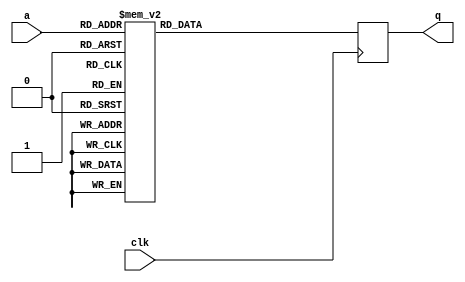
module tboxd1(input wire clk,
              input wire [7:0] a,
              output reg [31:0] q);

   always @(posedge clk)
     case (a)
	8'd0: q = 32'h5051f4a7;
	8'd1: q = 32'h537e4165;
	8'd2: q = 32'hc31a17a4;
	8'd3: q = 32'h963a275e;
	8'd4: q = 32'hcb3bab6b;
	8'd5: q = 32'hf11f9d45;
	8'd6: q = 32'habacfa58;
	8'd7: q = 32'h934be303;
	8'd8: q = 32'h552030fa;
	8'd9: q = 32'hf6ad766d;
	8'd10: q = 32'h9188cc76;
	8'd11: q = 32'h25f5024c;
	8'd12: q = 32'hfc4fe5d7;
	8'd13: q = 32'hd7c52acb;
	8'd14: q = 32'h80263544;
	8'd15: q = 32'h8fb562a3;
	8'd16: q = 32'h49deb15a;
	8'd17: q = 32'h6725ba1b;
	8'd18: q = 32'h9845ea0e;
	8'd19: q = 32'he15dfec0;
	8'd20: q = 32'h2c32f75;
	8'd21: q = 32'h12814cf0;
	8'd22: q = 32'ha38d4697;
	8'd23: q = 32'hc66bd3f9;
	8'd24: q = 32'he7038f5f;
	8'd25: q = 32'h9515929c;
	8'd26: q = 32'hebbf6d7a;
	8'd27: q = 32'hda955259;
	8'd28: q = 32'h2dd4be83;
	8'd29: q = 32'hd3587421;
	8'd30: q = 32'h2949e069;
	8'd31: q = 32'h448ec9c8;
	8'd32: q = 32'h6a75c289;
	8'd33: q = 32'h78f48e79;
	8'd34: q = 32'h6b99583e;
	8'd35: q = 32'hdd27b971;
	8'd36: q = 32'hb6bee14f;
	8'd37: q = 32'h17f088ad;
	8'd38: q = 32'h66c920ac;
	8'd39: q = 32'hb47dce3a;
	8'd40: q = 32'h1863df4a;
	8'd41: q = 32'h82e51a31;
	8'd42: q = 32'h60975133;
	8'd43: q = 32'h4562537f;
	8'd44: q = 32'he0b16477;
	8'd45: q = 32'h84bb6bae;
	8'd46: q = 32'h1cfe81a0;
	8'd47: q = 32'h94f9082b;
	8'd48: q = 32'h58704868;
	8'd49: q = 32'h198f45fd;
	8'd50: q = 32'h8794de6c;
	8'd51: q = 32'hb7527bf8;
	8'd52: q = 32'h23ab73d3;
	8'd53: q = 32'he2724b02;
	8'd54: q = 32'h57e31f8f;
	8'd55: q = 32'h2a6655ab;
	8'd56: q = 32'h7b2eb28;
	8'd57: q = 32'h32fb5c2;
	8'd58: q = 32'h9a86c57b;
	8'd59: q = 32'ha5d33708;
	8'd60: q = 32'hf2302887;
	8'd61: q = 32'hb223bfa5;
	8'd62: q = 32'hba02036a;
	8'd63: q = 32'h5ced1682;
	8'd64: q = 32'h2b8acf1c;
	8'd65: q = 32'h92a779b4;
	8'd66: q = 32'hf0f307f2;
	8'd67: q = 32'ha14e69e2;
	8'd68: q = 32'hcd65daf4;
	8'd69: q = 32'hd50605be;
	8'd70: q = 32'h1fd13462;
	8'd71: q = 32'h8ac4a6fe;
	8'd72: q = 32'h9d342e53;
	8'd73: q = 32'ha0a2f355;
	8'd74: q = 32'h32058ae1;
	8'd75: q = 32'h75a4f6eb;
	8'd76: q = 32'h390b83ec;
	8'd77: q = 32'haa4060ef;
	8'd78: q = 32'h65e719f;
	8'd79: q = 32'h51bd6e10;
	8'd80: q = 32'hf93e218a;
	8'd81: q = 32'h3d96dd06;
	8'd82: q = 32'haedd3e05;
	8'd83: q = 32'h464de6bd;
	8'd84: q = 32'hb591548d;
	8'd85: q = 32'h571c45d;
	8'd86: q = 32'h6f0406d4;
	8'd87: q = 32'hff605015;
	8'd88: q = 32'h241998fb;
	8'd89: q = 32'h97d6bde9;
	8'd90: q = 32'hcc894043;
	8'd91: q = 32'h7767d99e;
	8'd92: q = 32'hbdb0e842;
	8'd93: q = 32'h8807898b;
	8'd94: q = 32'h38e7195b;
	8'd95: q = 32'hdb79c8ee;
	8'd96: q = 32'h47a17c0a;
	8'd97: q = 32'he97c420f;
	8'd98: q = 32'hc9f8841e;
	8'd99: q = 32'h0;
	8'd100: q = 32'h83098086;
	8'd101: q = 32'h48322bed;
	8'd102: q = 32'hac1e1170;
	8'd103: q = 32'h4e6c5a72;
	8'd104: q = 32'hfbfd0eff;
	8'd105: q = 32'h560f8538;
	8'd106: q = 32'h1e3daed5;
	8'd107: q = 32'h27362d39;
	8'd108: q = 32'h640a0fd9;
	8'd109: q = 32'h21685ca6;
	8'd110: q = 32'hd19b5b54;
	8'd111: q = 32'h3a24362e;
	8'd112: q = 32'hb10c0a67;
	8'd113: q = 32'hf9357e7;
	8'd114: q = 32'hd2b4ee96;
	8'd115: q = 32'h9e1b9b91;
	8'd116: q = 32'h4f80c0c5;
	8'd117: q = 32'ha261dc20;
	8'd118: q = 32'h695a774b;
	8'd119: q = 32'h161c121a;
	8'd120: q = 32'hae293ba;
	8'd121: q = 32'he5c0a02a;
	8'd122: q = 32'h433c22e0;
	8'd123: q = 32'h1d121b17;
	8'd124: q = 32'hb0e090d;
	8'd125: q = 32'hadf28bc7;
	8'd126: q = 32'hb92db6a8;
	8'd127: q = 32'hc8141ea9;
	8'd128: q = 32'h8557f119;
	8'd129: q = 32'h4caf7507;
	8'd130: q = 32'hbbee99dd;
	8'd131: q = 32'hfda37f60;
	8'd132: q = 32'h9ff70126;
	8'd133: q = 32'hbc5c72f5;
	8'd134: q = 32'hc544663b;
	8'd135: q = 32'h345bfb7e;
	8'd136: q = 32'h768b4329;
	8'd137: q = 32'hdccb23c6;
	8'd138: q = 32'h68b6edfc;
	8'd139: q = 32'h63b8e4f1;
	8'd140: q = 32'hcad731dc;
	8'd141: q = 32'h10426385;
	8'd142: q = 32'h40139722;
	8'd143: q = 32'h2084c611;
	8'd144: q = 32'h7d854a24;
	8'd145: q = 32'hf8d2bb3d;
	8'd146: q = 32'h11aef932;
	8'd147: q = 32'h6dc729a1;
	8'd148: q = 32'h4b1d9e2f;
	8'd149: q = 32'hf3dcb230;
	8'd150: q = 32'hec0d8652;
	8'd151: q = 32'hd077c1e3;
	8'd152: q = 32'h6c2bb316;
	8'd153: q = 32'h99a970b9;
	8'd154: q = 32'hfa119448;
	8'd155: q = 32'h2247e964;
	8'd156: q = 32'hc4a8fc8c;
	8'd157: q = 32'h1aa0f03f;
	8'd158: q = 32'hd8567d2c;
	8'd159: q = 32'hef223390;
	8'd160: q = 32'hc787494e;
	8'd161: q = 32'hc1d938d1;
	8'd162: q = 32'hfe8ccaa2;
	8'd163: q = 32'h3698d40b;
	8'd164: q = 32'hcfa6f581;
	8'd165: q = 32'h28a57ade;
	8'd166: q = 32'h26dab78e;
	8'd167: q = 32'ha43fadbf;
	8'd168: q = 32'he42c3a9d;
	8'd169: q = 32'hd507892;
	8'd170: q = 32'h9b6a5fcc;
	8'd171: q = 32'h62547e46;
	8'd172: q = 32'hc2f68d13;
	8'd173: q = 32'he890d8b8;
	8'd174: q = 32'h5e2e39f7;
	8'd175: q = 32'hf582c3af;
	8'd176: q = 32'hbe9f5d80;
	8'd177: q = 32'h7c69d093;
	8'd178: q = 32'ha96fd52d;
	8'd179: q = 32'hb3cf2512;
	8'd180: q = 32'h3bc8ac99;
	8'd181: q = 32'ha710187d;
	8'd182: q = 32'h6ee89c63;
	8'd183: q = 32'h7bdb3bbb;
	8'd184: q = 32'h9cd2678;
	8'd185: q = 32'hf46e5918;
	8'd186: q = 32'h1ec9ab7;
	8'd187: q = 32'ha8834f9a;
	8'd188: q = 32'h65e6956e;
	8'd189: q = 32'h7eaaffe6;
	8'd190: q = 32'h821bccf;
	8'd191: q = 32'he6ef15e8;
	8'd192: q = 32'hd9bae79b;
	8'd193: q = 32'hce4a6f36;
	8'd194: q = 32'hd4ea9f09;
	8'd195: q = 32'hd629b07c;
	8'd196: q = 32'haf31a4b2;
	8'd197: q = 32'h312a3f23;
	8'd198: q = 32'h30c6a594;
	8'd199: q = 32'hc035a266;
	8'd200: q = 32'h37744ebc;
	8'd201: q = 32'ha6fc82ca;
	8'd202: q = 32'hb0e090d0;
	8'd203: q = 32'h1533a7d8;
	8'd204: q = 32'h4af10498;
	8'd205: q = 32'hf741ecda;
	8'd206: q = 32'he7fcd50;
	8'd207: q = 32'h2f1791f6;
	8'd208: q = 32'h8d764dd6;
	8'd209: q = 32'h4d43efb0;
	8'd210: q = 32'h54ccaa4d;
	8'd211: q = 32'hdfe49604;
	8'd212: q = 32'he39ed1b5;
	8'd213: q = 32'h1b4c6a88;
	8'd214: q = 32'hb8c12c1f;
	8'd215: q = 32'h7f466551;
	8'd216: q = 32'h49d5eea;
	8'd217: q = 32'h5d018c35;
	8'd218: q = 32'h73fa8774;
	8'd219: q = 32'h2efb0b41;
	8'd220: q = 32'h5ab3671d;
	8'd221: q = 32'h5292dbd2;
	8'd222: q = 32'h33e91056;
	8'd223: q = 32'h136dd647;
	8'd224: q = 32'h8c9ad761;
	8'd225: q = 32'h7a37a10c;
	8'd226: q = 32'h8e59f814;
	8'd227: q = 32'h89eb133c;
	8'd228: q = 32'heecea927;
	8'd229: q = 32'h35b761c9;
	8'd230: q = 32'hede11ce5;
	8'd231: q = 32'h3c7a47b1;
	8'd232: q = 32'h599cd2df;
	8'd233: q = 32'h3f55f273;
	8'd234: q = 32'h791814ce;
	8'd235: q = 32'hbf73c737;
	8'd236: q = 32'hea53f7cd;
	8'd237: q = 32'h5b5ffdaa;
	8'd238: q = 32'h14df3d6f;
	8'd239: q = 32'h867844db;
	8'd240: q = 32'h81caaff3;
	8'd241: q = 32'h3eb968c4;
	8'd242: q = 32'h2c382434;
	8'd243: q = 32'h5fc2a340;
	8'd244: q = 32'h72161dc3;
	8'd245: q = 32'hcbce225;
	8'd246: q = 32'h8b283c49;
	8'd247: q = 32'h41ff0d95;
	8'd248: q = 32'h7139a801;
	8'd249: q = 32'hde080cb3;
	8'd250: q = 32'h9cd8b4e4;
	8'd251: q = 32'h906456c1;
	8'd252: q = 32'h617bcb84;
	8'd253: q = 32'h70d532b6;
	8'd254: q = 32'h74486c5c;
	8'd255: q = 32'h42d0b857;

     endcase // case (a)
endmodule